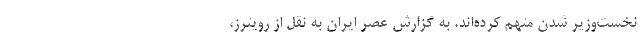
نخست‌وزیر شدن متهم کرده‌اند. به گزارش عصر ایران به نقل از رویترز،